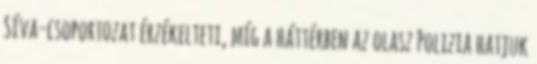
Síva-csoportozat érzékelteti, míg a háttérben az olasz Polizia hatjuk